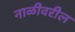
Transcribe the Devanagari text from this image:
नाळीवरील